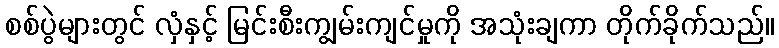
စစ်ပွဲများတွင် လှံနှင့် မြင်းစီးကျွမ်းကျင်မှုကို အသုံးချကာ တိုက်ခိုက်သည်။